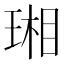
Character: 𤧇